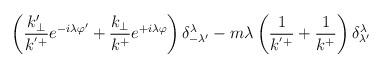
LaTeX: \begin{align*}\left(\frac{k'_{\perp}}{k^{'+}}e^{-i\lambda\varphi'}+\frac{k_{\perp}}{k^+}e^{+i\lambda\varphi}\right)\delta^{\lambda}_{-\lambda'}-m\lambda\left(\frac{1}{k^{'+}}+\frac{1}{k^+}\right)\delta^{\lambda}_{\lambda'}\end{align*}